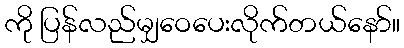
ကို ပြန်လည်မျှဝေပေးလိုက်တယ်နော်။